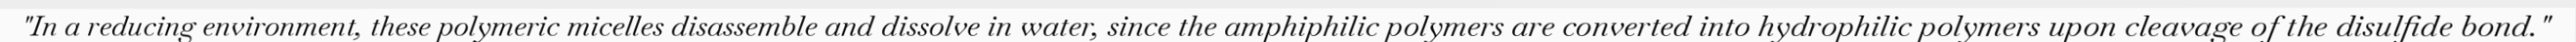
"In a reducing environment, these polymeric micelles disassemble and dissolve in water, since the amphiphilic polymers are converted into hydrophilic polymers upon cleavage of the disulfide bond."